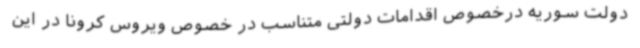
دولت سوریه درخصوص اقدامات دولتی متناسب در خصوص ویروس کرونا در این